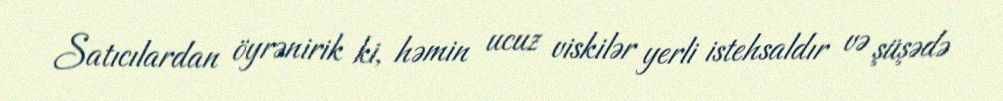
Satıcılardan öyrənirik ki, həmin ucuz viskilər yerli istehsaldır və şüşədə